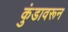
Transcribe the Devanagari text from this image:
कुंडावरून